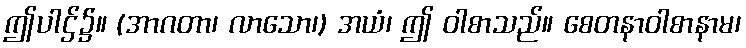
ဤပါဌ်၌။ (အာဂတာ၊ လာသော၊) အယံ၊ ဤ ဝါစာသည်။ စေတနာဝါစာနာမ၊